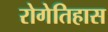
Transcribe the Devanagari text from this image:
रोगेतिहास